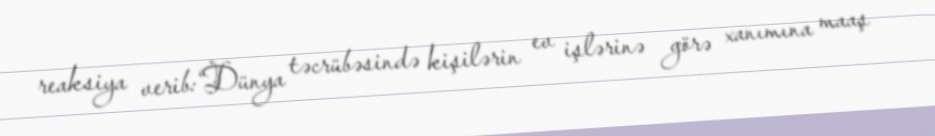
reaksiya verib:“Dünya təcrübəsində kişilərin ev işlərinə görə xanımına maaş